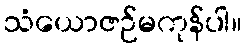
သံယောဇဉ်မကုန်ပါ။